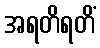
အရတိရတိံ